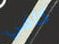
كافي